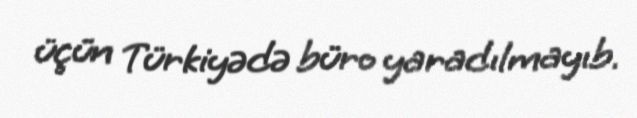
üçün Türkiyədə büro yaradılmayıb.